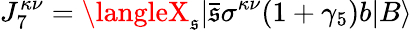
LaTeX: J_{7}^{\kappa\nu}=\langleX_{\mathfrak{s}}|\bar{{\mathfrak{s}}}\sigma^{\kappa\nu}(1+\gamma_{5})b|B\rangle